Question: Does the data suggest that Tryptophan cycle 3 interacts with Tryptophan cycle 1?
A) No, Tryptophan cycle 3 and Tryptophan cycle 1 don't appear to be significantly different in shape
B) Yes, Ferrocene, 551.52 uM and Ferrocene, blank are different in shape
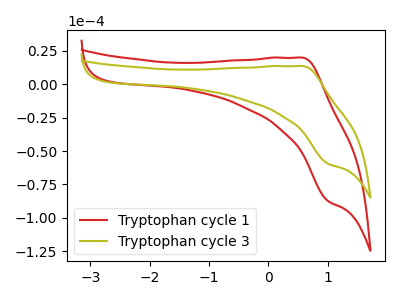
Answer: <think>The red curve "Tryptophan cycle 1" has an anodic peak at (0.60V, 19.80uA) and a cathodic peak at (1.00V, -87.40uA). The olive curve "Tryptophan cycle 3" has an anodic peak at (0.60V, 13.45uA) and a cathodic peak at (1.00V, -59.45uA).
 All the peaks in "Tryptophan cycle 3" have a peak in "Tryptophan cycle 1" at the same potential. Every peak in "Tryptophan cycle 3" is lower than every peak in "Tryptophan cycle 1".</think>
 <answer>A) No, "Tryptophan cycle 3" and "Tryptophan cycle 1" don't appear to be significantly different in shape</answer>
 <eval>A</eval>